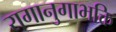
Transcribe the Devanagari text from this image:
रागानुगाभक्ति